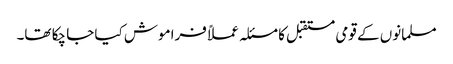
مسلمانوں کے قومی مستقبل کا مسئلہ عملاً فراموش کیا جا چکا تھا۔